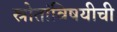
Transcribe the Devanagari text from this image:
स्रोतांविषयीची